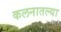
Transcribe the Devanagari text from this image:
कलनातल्या